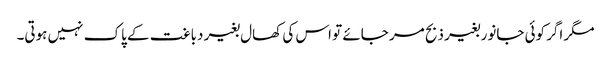
مگر اگر کوئی جانور بغیر ذبح مر جائے تو اس کی کھال بغیر دباغت کے پاک نہیں ہوتی۔